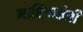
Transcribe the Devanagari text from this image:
नाशिकक्षेत्री